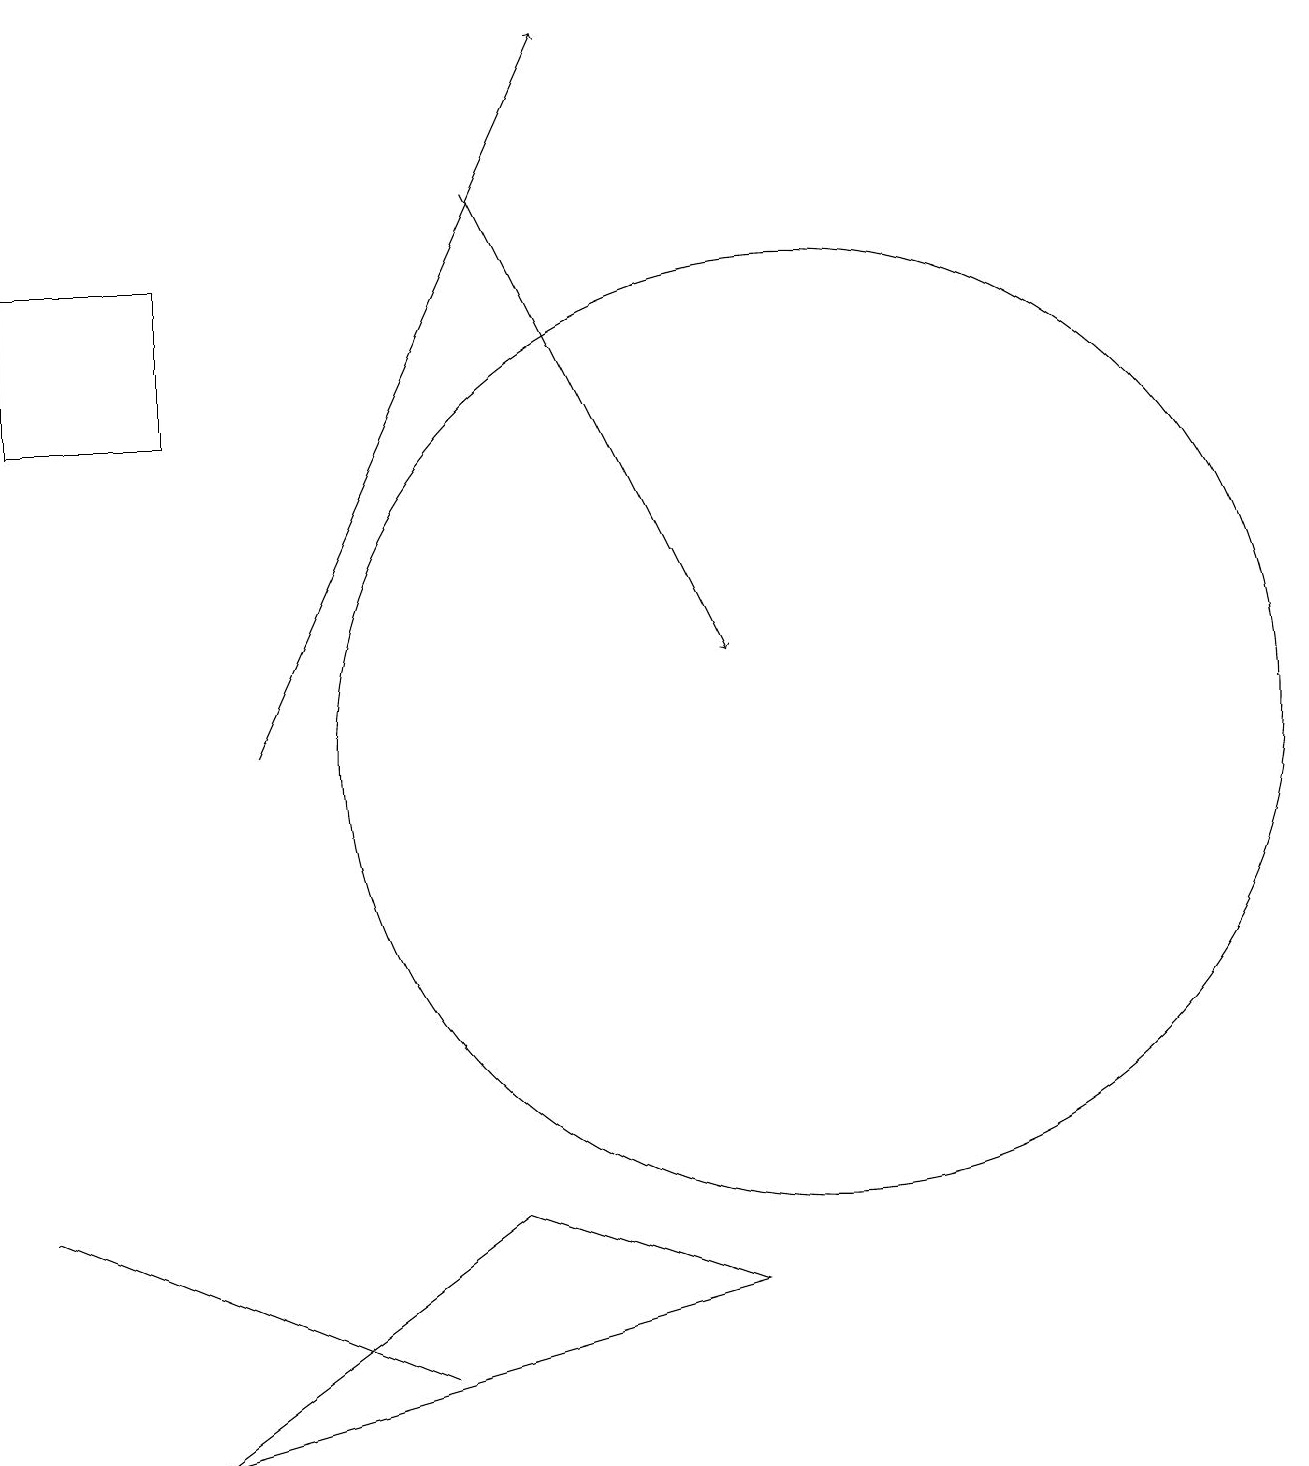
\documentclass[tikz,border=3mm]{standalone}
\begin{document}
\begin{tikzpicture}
\draw[->] (6,17) -- (9,11);
\draw (5,2) -- (0,4) -- (5,2) -- cycle;
\draw (2,1) -- (6,4) -- (9,3) -- cycle;
\draw (10,10) circle (6);
\draw[->] (3,10) -- (7,19);
\draw (0,16) rectangle (2,14);
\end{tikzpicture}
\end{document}